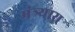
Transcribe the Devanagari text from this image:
मंत्र्यास